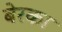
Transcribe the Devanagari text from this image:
बेरका